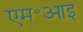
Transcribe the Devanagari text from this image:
एम॰आइ